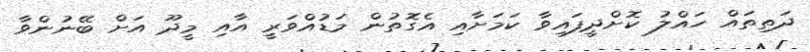
ދަތިތައް ހައްލު ކޮށްދީފައިވާ ކަމަށާއި އެގޮތުން މަޑުއްވަރީ އާއި މީދޫ އަށް ބޭނުންވާ